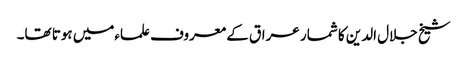
شیخ جلال الدین کا شمار عراق کے معروف علماءمیں ہوتا تھا۔